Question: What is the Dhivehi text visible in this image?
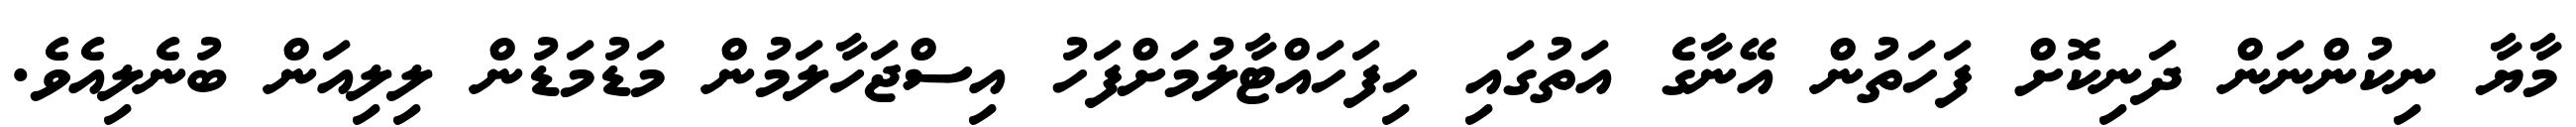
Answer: މާޔާ ނިކުންނަން ދަނިކޮށް ފަހަތުން އޭނާގެ އަތުގައި ހިފަހައްޓާލުމަށްފަހު އިސްޖަހާލަމުން މަޑުމަޑުން ލިލިއަން ބުނެލިއެވެ.